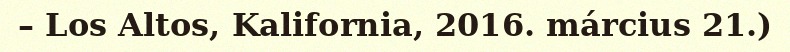
– Los Altos, Kalifornia, 2016. március 21.)